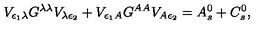
V _ { \epsilon _ { 1 } \lambda } G ^ { \lambda \lambda } V _ { \lambda \epsilon _ { 2 } } + V _ { \epsilon _ { 1 } A } G ^ { A A } V _ { A \epsilon _ { 2 } } = A _ { s } ^ { 0 } + C _ { s } ^ { 0 } ,